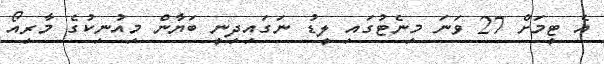
އެ ޓީމަށް 27 ވަނަ މިނެޓުގައި ލީޑު ނަގައިދިނީ ބަޔާން މިއުނިކުގެ މާރިއޯ